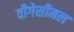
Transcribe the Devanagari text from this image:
वीगेसीमल